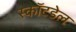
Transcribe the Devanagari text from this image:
स्कॉटडेल